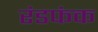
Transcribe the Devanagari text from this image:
रंडफंक